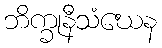
ဘိက္ခုနီသံဃေန